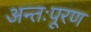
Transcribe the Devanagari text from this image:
अन्तःपूरण